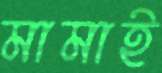
মামাই